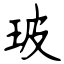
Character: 玻